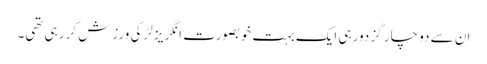
ان سے دو چار گز دور ہی ایک بہت خوبصورت انگریز لڑکی ورزش کر رہی تھی۔